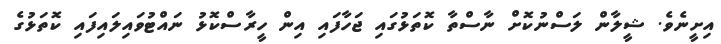
އިށީނެވެ. ޝީލާން ލަސްނުކޮށް ނާސްތާ ކޮތަޅުގައި ޖަހާފައި އިން ހީރާސްކޮޅު ނައްޓުވައިލައިފައި ކޮތަޅުގެ